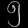
Digit: ၅